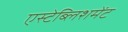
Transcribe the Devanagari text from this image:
एस्टेब्लिशमेंट